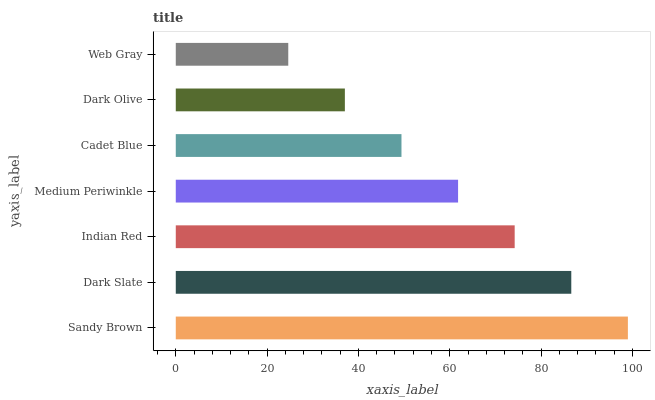
| yaxis_label | bars |
 | --- | --- |
 | Sandy Brown | 99 |
 | Dark Slate | 86.6 |
 | Indian Red | 74.2 |
 | Medium Periwinkle | 61.8 |
 | Cadet Blue | 49.4 |
 | Dark Olive | 37 |
 | Web Gray | 24.6 |